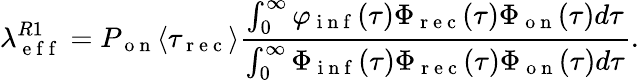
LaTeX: \lambda_{\mathrm{~e~f~f~}}^{R1}=P_{\mathrm{~o~n~}}\langle\tau_{\mathrm{~r~e~c~}}\rangle\frac{\int_{0}^{\infty}\varphi_{\mathrm{~i~n~f~}}(\tau)\Phi_{\mathrm{~r~e~c~}}(\tau)\Phi_{\mathrm{~o~n~}}(\tau)d\tau}{\int_{0}^{\infty}\Phi_{\mathrm{~i~n~f~}}(\tau)\Phi_{\mathrm{~r~e~c~}}(\tau)\Phi_{\mathrm{~o~n~}}(\tau)d\tau}.